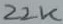
Text: 22K